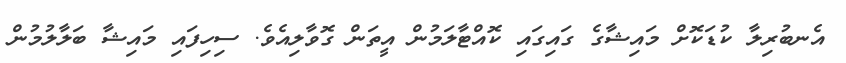
އެނބުރިލާ ކުޑަކޮށް މައިޝާގެ ގައިގައި ކޮއްޓާލަމުން އީތަން ގޮވާލިއެވެ. ސިހިފައި މައިޝާ ބަލާލުމުން